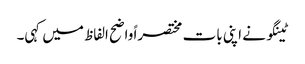
ٹینگو نے اپنی بات مختصراً واضح الفاظ میں کہی۔